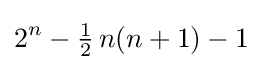
2^{n}-{\tfrac {1}{2}}\,n(n+1)-1